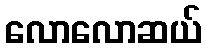
လောလောဆယ်